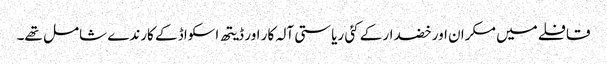
قافلے میں مکران اور خضدار کے کئی ریاستی آلہ کار اور ڈیتھ اسکواڈ کے کارندے شامل تھے۔